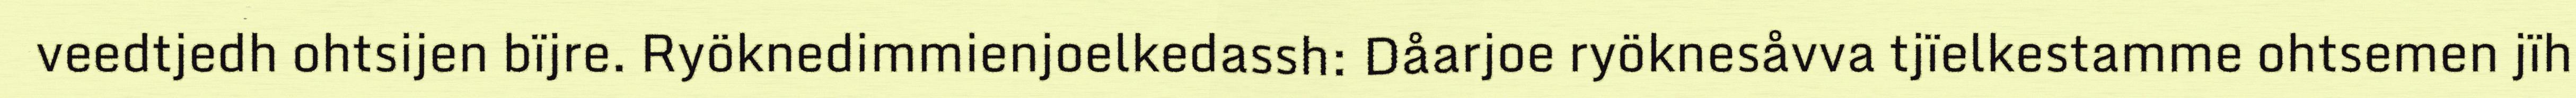
veedtjedh ohtsijen bïjre. Ryöknedimmienjoelkedassh: Dåarjoe ryöknesåvva tjïelkestamme ohtsemen jïh